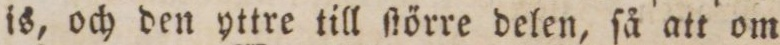
is, och den yttre till ſtörre delen, ſå att om